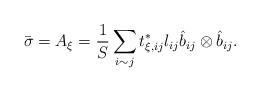
LaTeX: \begin{align*}\bar{\sigma} = A_\xi = \frac{1}{S} \sum_{i \sim j} t^*_{\xi, ij} l_{ij} \hat{b}_{ij} \otimes \hat{b}_{ij}.\end{align*}